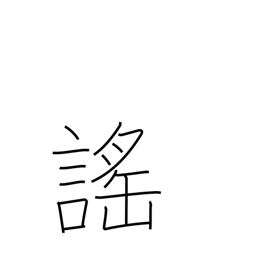
Meaning: chant (esp. Noh)